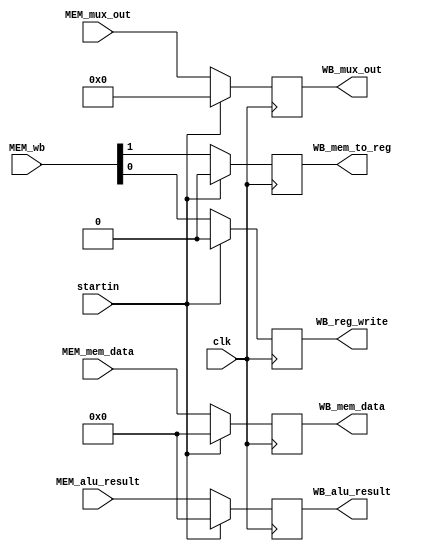
module MEM_WB_reg (
    input clk,
    input startin,
    input [1:0] MEM_wb,
    input [31:0] MEM_mem_data,
    input [31:0] MEM_alu_result,
    input [4:0] MEM_mux_out,
    output reg WB_reg_write,
    output reg WB_mem_to_reg,
    output reg [31:0] WB_mem_data,
    output reg [31:0] WB_alu_result,
    output reg [4:0] WB_mux_out
);

  always @(posedge clk) begin
    if (startin) begin
      WB_reg_write <= 1'b0;
      WB_mem_to_reg <= 1'b0;
      WB_alu_result <= 32'b0;
      WB_mem_data <= 32'b0;
      WB_mux_out <= 5'b0;
    end else begin
      WB_reg_write <= MEM_wb[0];
      WB_mem_to_reg <= MEM_wb[1];
      WB_alu_result <= MEM_alu_result;
      WB_mem_data <= MEM_mem_data;
      WB_mux_out <= MEM_mux_out;
    end
  end
endmodule